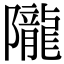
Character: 隴